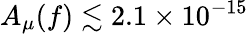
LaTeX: A_{\mu}(f)\lesssim 2.1\times 10^{-15}